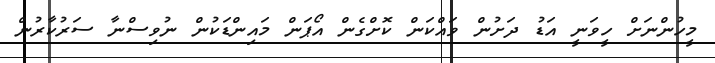
މީހުންނަށް ހީވަނީ އަޑު ދަށުން ވައްކަން ކޮށްގެން އޯޕަން މައިންޑަކުން ނުވިސްނާ ސަރުކާރުން